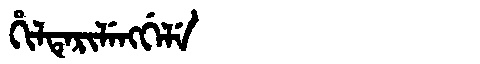
Manchu: ᡥᡳᠯᡨᡝᡵᡳᠯᡝᠩᡤᡝᠯᡝ
Romanization: HILTERILENGGELE